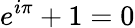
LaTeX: e^{i\pi}+1=0